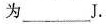
为___J。